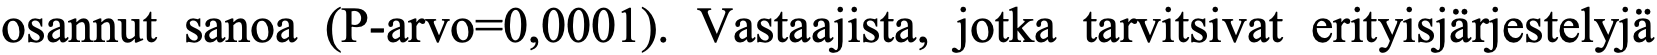
osannut sanoa (P-arvo=0,0001). Vastaajista, jotka tarvitsivat erityisjärjestelyjä